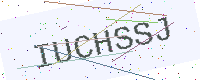
Text: IUCHSSJ